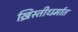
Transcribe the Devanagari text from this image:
ख्रिस्तीधर्मात